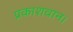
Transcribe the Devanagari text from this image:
प्रकाशवान।